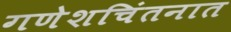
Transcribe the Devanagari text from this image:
गणेशचिंतनात